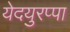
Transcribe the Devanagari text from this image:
येदयुरप्पा